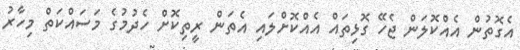
އެގޮތުން އެއްކޮލަން ޖެހޭ ގޮޅިތައް އެއްކޮށްލައި އެތަން ރީތިކޮށް ހެދުމުގެ މަސައްކަތް މިހާރު